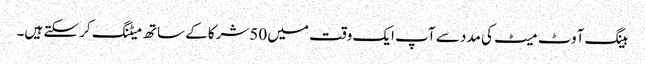
ہینگ آوٹ میٹ کی مدد سے آپ ایک وقت میں 50شرکا کے ساتھ میٹنگ کر سکتے ہیں۔